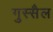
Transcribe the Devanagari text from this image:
गुस्‍सैल